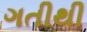
ગતીથી